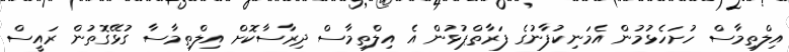
އިލްތިމާސް ހުށަހެޅުމުން އެމަނިކުފާނުގެ ފަރާތްޕުޅުން އެ އިލްތިމާސް ދިރާސާކޮށް އިލްތިމާސާ ގުޅޭގޮތުން ރައީސް